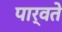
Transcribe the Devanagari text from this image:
पार्वते